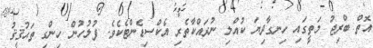
އޮތް ބްރިޖު މަތީގައި ހިނގާދިޔަ ކުއްލި ނުރައްކާތެރި އެކްސިޑެންޓެކެވެ. ފުލުހުން ހިންގި ތަޙުޤީޤު